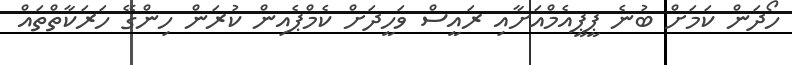
ހޯދަން ކަމަށް ބުނެ ޕީޕީއެމްއަށާއި ރައީސް ވަހީދަށް ކެމްޕެއިން ކުރަން ހިންގޭ ހަރަކާތްތައް